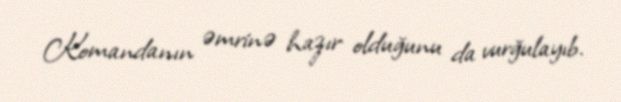
Komandanın əmrinə hazır olduğunu da vurğulayıb.